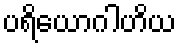
ပရိယောဂါဟိယ